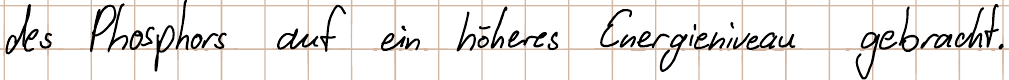
des Phosphors auf ein höheres Energieniveau gebracht.